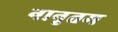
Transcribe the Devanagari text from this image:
नानृतम